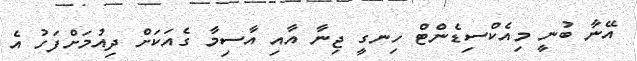
އޭނާ ބުނީ މިއެކްސިޑެންޓް ހިނގީ ޖިނާ އާއި އާސިމާ ގެއަކަށް ދިއުމަށްފަހު އެ